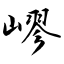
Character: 嵺